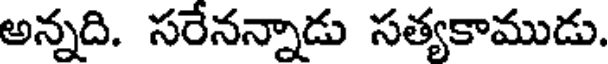
అన్నది. సరేనన్నాడు సత్యకాముడు.